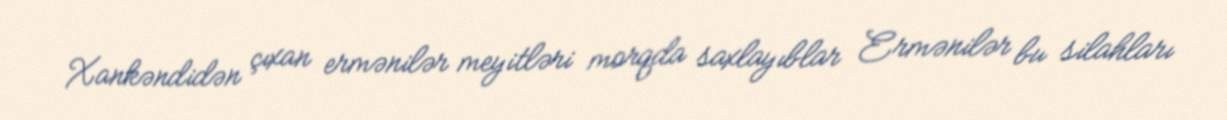
Xankəndidən çıxan ermənilər meyitləri morqda saxlayıblar Ermənilər bu silahları